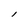
Character: l